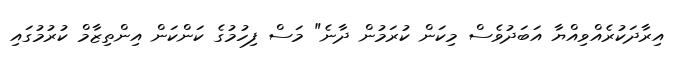
އިރާދަކުރެއްވިއްޔާ އަބަދުުވެސް މިކަން ކުރަމުން ދާނެ" މަސް ފިހުމުގެ ކަންކަން އިންތިޒާމް ކުރުމުގައި